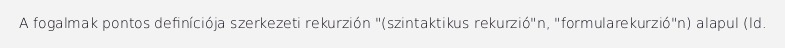
A fogalmak pontos definíciója szerkezeti rekurzión "(szintaktikus rekurzió"n, "formularekurzió"n) alapul (ld.